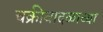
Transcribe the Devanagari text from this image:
चक्रीवादळाच्या